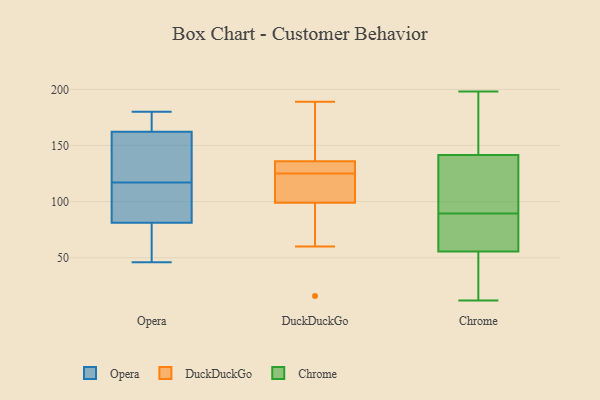
{"axis": {"x": "Revenue (USD Million)", "y": "Value"}, "legend": ["Chrome", "DuckDuckGo", "Opera"], "data": [{"x": "", "y": 148, "type": "Opera"}, {"x": "", "y": 58, "type": "Opera"}, {"x": "", "y": 82, "type": "Opera"}, {"x": "", "y": 121, "type": "Opera"}, {"x": "", "y": 179, "type": "Opera"}, {"x": "", "y": 167, "type": "Opera"}, {"x": "", "y": 46, "type": "Opera"}, {"x": "", "y": 148, "type": "Opera"}, {"x": "", "y": 180, "type": "Opera"}, {"x": "", "y": 80, "type": "Opera"}, {"x": "", "y": 145, "type": "Opera"}, {"x": "", "y": 81, "type": "Opera"}, {"x": "", "y": 179, "type": "Opera"}, {"x": "", "y": 116, "type": "Opera"}, {"x": "", "y": 111, "type": "Opera"}, {"x": "", "y": 177, "type": "Opera"}, {"x": "", "y": 108, "type": "Opera"}, {"x": "", "y": 63, "type": "Opera"}, {"x": "", "y": 117, "type": "Opera"}, {"x": "", "y": 154, "type": "DuckDuckGo"}, {"x": "", "y": 140, "type": "DuckDuckGo"}, {"x": "", "y": 16, "type": "DuckDuckGo"}, {"x": "", "y": 107, "type": "DuckDuckGo"}, {"x": "", "y": 125, "type": "DuckDuckGo"}, {"x": "", "y": 132, "type": "DuckDuckGo"}, {"x": "", "y": 136, "type": "DuckDuckGo"}, {"x": "", "y": 90, "type": "DuckDuckGo"}, {"x": "", "y": 60, "type": "DuckDuckGo"}, {"x": "", "y": 111, "type": "DuckDuckGo"}, {"x": "", "y": 99, "type": "DuckDuckGo"}, {"x": "", "y": 125, "type": "DuckDuckGo"}, {"x": "", "y": 189, "type": "DuckDuckGo"}, {"x": "", "y": 128, "type": "DuckDuckGo"}, {"x": "", "y": 175, "type": "Chrome"}, {"x": "", "y": 160, "type": "Chrome"}, {"x": "", "y": 68, "type": "Chrome"}, {"x": "", "y": 57, "type": "Chrome"}, {"x": "", "y": 120, "type": "Chrome"}, {"x": "", "y": 117, "type": "Chrome"}, {"x": "", "y": 17, "type": "Chrome"}, {"x": "", "y": 196, "type": "Chrome"}, {"x": "", "y": 198, "type": "Chrome"}, {"x": "", "y": 118, "type": "Chrome"}, {"x": "", "y": 12, "type": "Chrome"}, {"x": "", "y": 64, "type": "Chrome"}, {"x": "", "y": 187, "type": "Chrome"}, {"x": "", "y": 54, "type": "Chrome"}, {"x": "", "y": 25, "type": "Chrome"}, {"x": "", "y": 19, "type": "Chrome"}, {"x": "", "y": 109, "type": "Chrome"}, {"x": "", "y": 66, "type": "Chrome"}, {"x": "", "y": 70, "type": "Chrome"}, {"x": "", "y": 123, "type": "Chrome"}]}